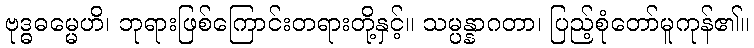
ဗုဒ္ဓဓမ္မေဟိ၊ ဘုရားဖြစ်ကြောင်းတရားတို့နှင့်။ သမ္ပန္နာဂတာ၊ ပြည့်စုံတော်မူကုန်၏။